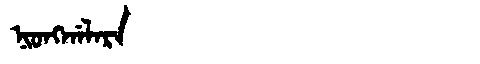
Manchu: ᠨᡳᠣᠩᡤᠠᠯᠠᡵᠠ
Romanization: NIONGGALARA